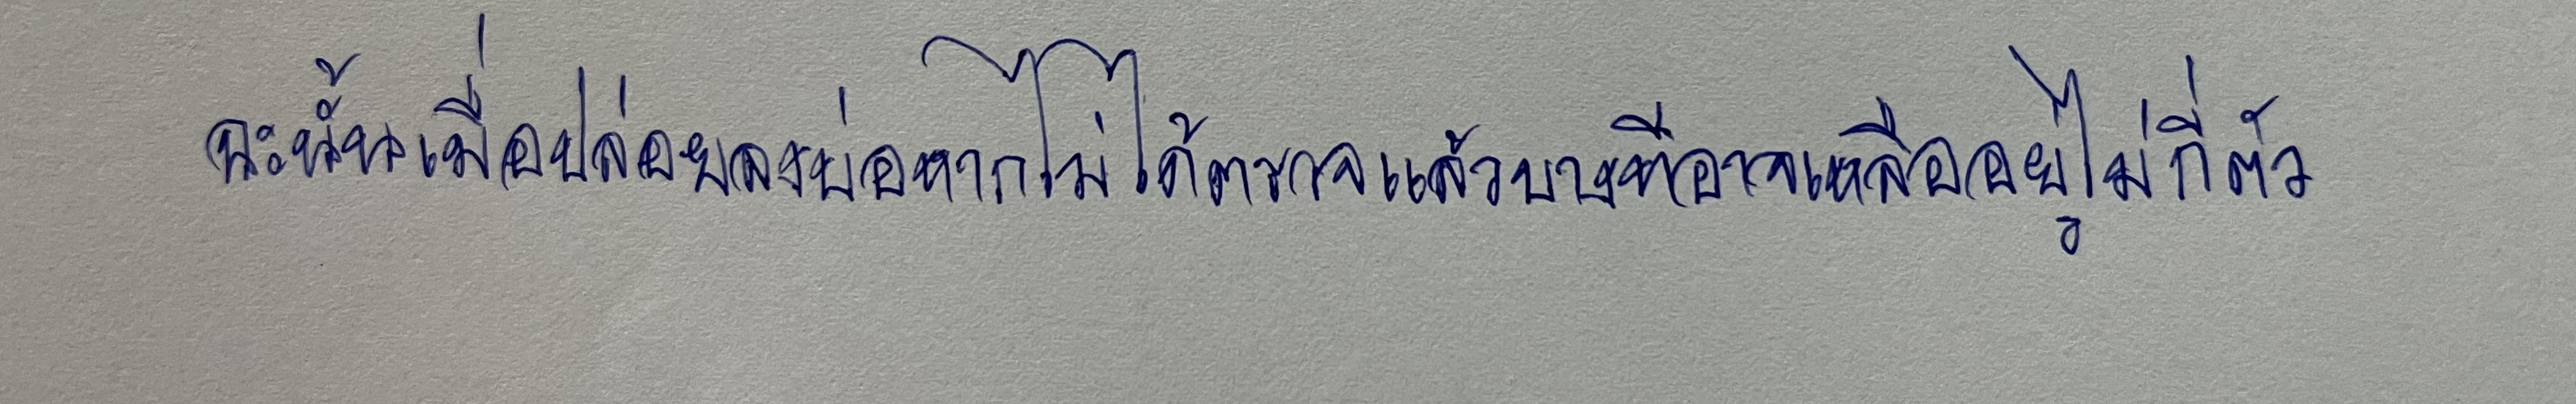
ฉะนั้นเมื่อปล่อยลงบ่อหากไม่ได้ตรวจแล้วบางทีอาจเหลืออยู่ไม่กี่ตัว